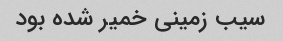
سیب زمینی خمیر شده بود